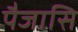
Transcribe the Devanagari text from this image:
पैजासि